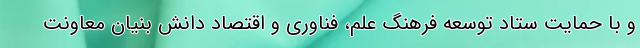
و با حمایت ستاد توسعه فرهنگ علم، فناوری و اقتصاد دانش بنیان معاونت